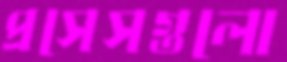
প্রসেসগুলো